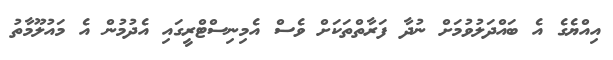
އިއްޔެގެ އެ ބައްދަލުވުމަށް ނުދާ ފަރާތްތަކަށް ވެސް އެމިނިސްޓްރީގައި އެދުމުން އެ މައުލޫމާތު